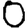
Digit: 0